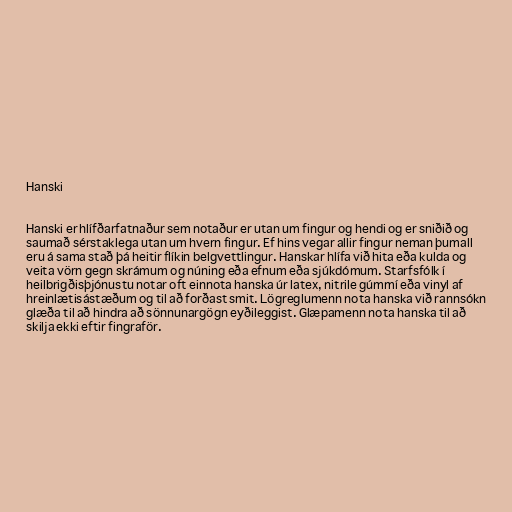
Hanski

Hanski er hlífðarfatnaður sem notaður er utan um fingur og hendi og er sniðið og
saumað sérstaklega utan um hvern fingur. Ef hins vegar allir fingur neman þumall
eru á sama stað þá heitir flíkin belgvettlingur. Hanskar hlífa við hita eða kulda og
veita vörn gegn skrámum og núning eða efnum eða sjúkdómum. Starfsfólk í
heilbrigðisþjónustu notar oft einnota hanska úr latex, nitrile gúmmí eða vinyl af
hreinlætisástæðum og til að forðast smit. Lögreglumenn nota hanska við rannsókn
glæða til að hindra að sönnunargögn eyðileggist. Glæpamenn nota hanska til að
skilja ekki eftir fingraför.